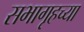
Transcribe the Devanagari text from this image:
सभागृहच्या